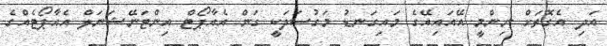
އަދި އެގޮތަށް ނިންމީ އޭއައިއޭގެ މައިގަނޑު މަގުސަދަކީ ގަން އެއާޕޯޓް އިންޓަނޭޝަނަލް އެއާޕޯޓެއްގެ